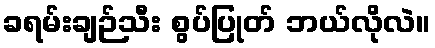
ခရမ်းချဉ်သီး စွပ်ပြုတ် ဘယ်လိုလဲ။